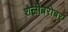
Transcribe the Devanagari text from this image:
शैलीबरोबर